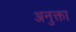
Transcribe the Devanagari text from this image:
अनुक्ता